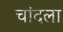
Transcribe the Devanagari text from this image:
चांदला